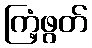
ကြံ့ဖွတ်